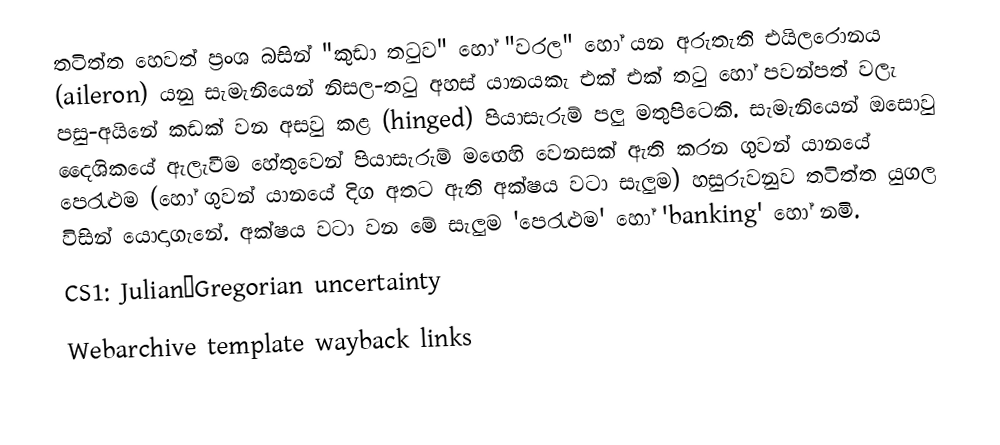
තටිත්ත හෙවත් ප්‍රංශ බසින් "කුඩා තටුව" හෝ "වරල" හෝ යන අරුතැති එයිලරොනය (aileron) යනු සැමැනියෙන් නිසල-තටු අහස් යානයකැ එක් එක් තටු හෝ පවන්පත් වලැ පසු-අයිනේ කඩක් වන අසවු කළ (hinged) පියාසැරුම් පලු මතුපිටෙකි. සැමැනියෙන් ඔසොවු දෛශිකයේ ඇලැවීම හේතුවෙන් පියාසැරුම් මඟෙහි වෙනසක් ඇති කරන ගුවන් යානයේ පෙරැළුම (හෝ ගුවන් යානයේ දිග අතට ඇති අක්ෂය වටා සැලුම) හසුරුවනුව තටිත්ත යුගල විසින් යොදාගැනේ. අක්ෂය වටා වන මේ සැලුම  'පෙරැළුම' හෝ 'banking' හෝ නමි.
CS1: Julian–Gregorian uncertainty
Webarchive template wayback links